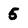
Character: 5